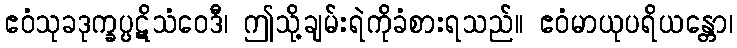
ဧဝံသုခဒုက္ခပ္ပဋိသံဝေဒီ၊ ဤသို့ချမ်းရဲကိုခံစားရသည်။ ဧဝံမာယုပရိယန္တော၊